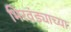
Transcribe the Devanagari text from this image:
भिरवंड्याच्या